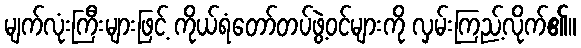
မျက်လုံးကြီးများဖြင့် ကိုယ်ရံတော်တပ်ဖွဲ့ဝင်များကို လှမ်းကြည့်လိုက်၏။